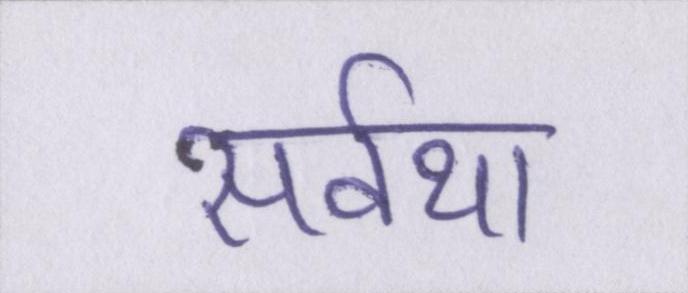
सर्वथा